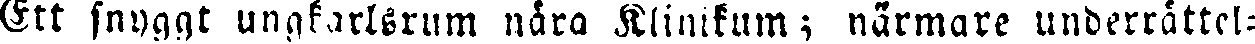
Ett snyggt ungkarlsrum nära Klinikum; närmare underrättel-